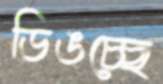
ডিঙচ্ছে